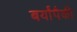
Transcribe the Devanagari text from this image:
बर्यांपैकी